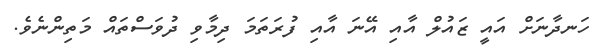
ހަނދާނަށް އައީ ޒައުލް އާއި އޭނަ އާއި ފުރަތަމަ ދިމާވި ދުވަސްތައް މަތިންނެވެ.